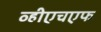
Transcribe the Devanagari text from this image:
व्हीएचएफ